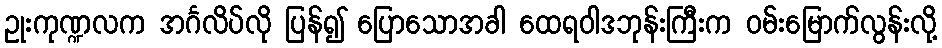
ဥုးကုဏ္ဍလက အင်္ဂလိပ်လို ပြန်၍ ပြောသောအခါ ထေရဝါဒဘုန်းကြီးက ဝမ်းမြောက်လွန်းလို့